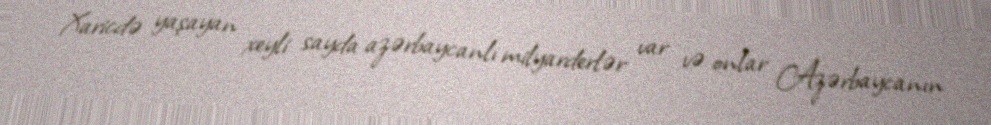
Xaricdə yaşayan xeyli sayda azərbaycanlı milyarderlər var və onlar Azərbaycanın